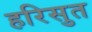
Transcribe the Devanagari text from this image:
हरिसुत